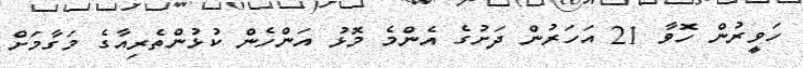
ހަވީރުން ހޮވާ 21 އަހަރުން ދަށުގެ އެންމެ މޮޅު އަންހެން ކުޅުންތެރިއާގެ މަގާމަށް